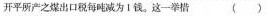
开平所产之煤出口税每吨减为Ⅰ钱。这一举措( )